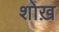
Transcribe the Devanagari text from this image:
शोख़